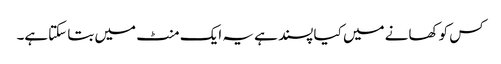
کس کو کھانے میں کیا پسند ہے یہ ایک منٹ میں بتا سکتاہے۔